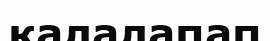
қалалапап